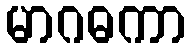
မာဂဓကာ